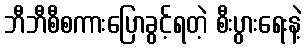
ဘီဘီစီစကားပြောခွင့်ရတဲ့ စီးပွားရေးနဲ့